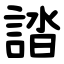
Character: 誻